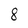
Character: 8